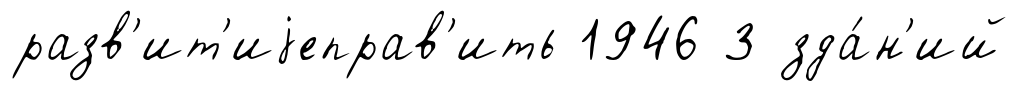
разв'ит'иjеправ'ить 1946 3 зда́н'ий